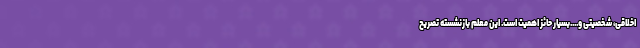
اخلاقی، شخصیتی و....بسیار حائز اهمیت است. این معلم بازنشسته تصریح